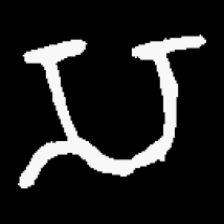
Pyu character \u2014 Myanmar letter: သ (romanized: sa)